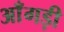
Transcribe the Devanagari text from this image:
आँगड़ी